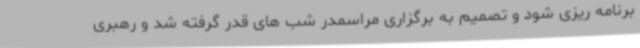
برنامه ریزی شود و تصمیم به برگزاری مراسمدر شب های قدر گرفته شد و رهبری